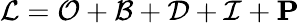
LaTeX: \mathcal{L}=\mathcal{O}+\mathcal{B}+\mathcal{D}+\mathcal{I}+\textbf{P}